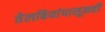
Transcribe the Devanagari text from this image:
तेलबियांपासूनही